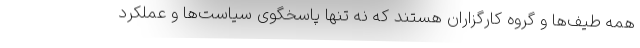
همه طیف‌ها و گروه کارگزاران هستند که نه تنها پاسخگوی سیاست‌ها و عملکرد